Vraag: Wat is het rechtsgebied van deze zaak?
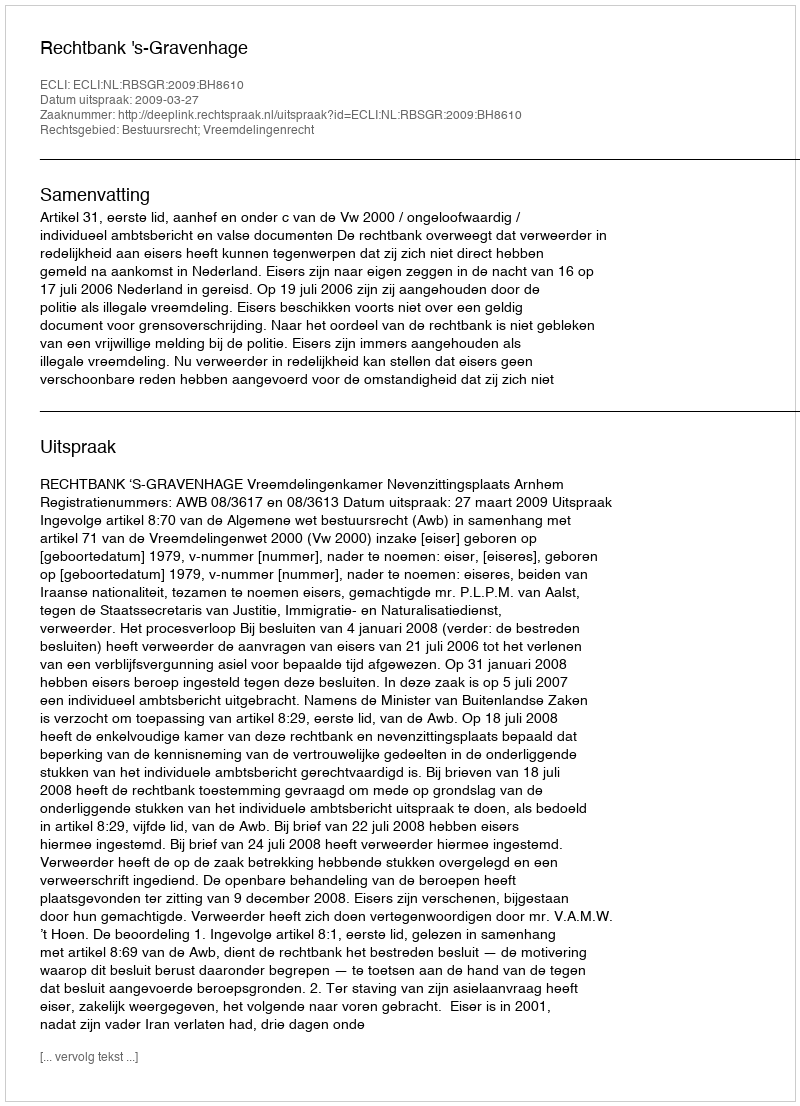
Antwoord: Bestuursrecht; Vreemdelingenrecht